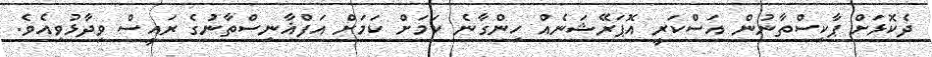
ދެކޮޅަށް ޕާކިސްތާނުން އަސްކަރީ އޮޕަރޭޝަނެއް ހިންގާނެ ކަމަށް ކަމަށް އަފްޣާނިސްތާނުގެ ރައީސް ވިދާޅުވިއެވެ.